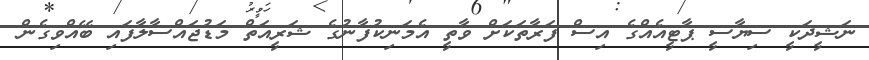
ނަޝީދަކީ ސިޔާސީ ޕާޓީއެއްގެ އިސް ފަރާތަކަށް ވާތީ އެމަނިކުފާނުގެ ޝަރީއަތް މަޑުޖައްސާލާފައި ބޭއްވިގެން